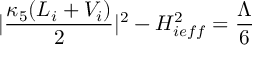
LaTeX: | \frac { \kappa _ { 5 } ( { \cal L } _ { i } + V _ { i } ) } { 2 } | ^ { 2 } - H _ { i e f f } ^ { 2 } = \frac { \Lambda } { 6 }